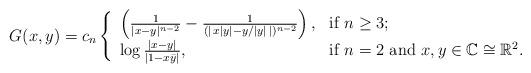
LaTeX: \begin{align*}G(x,y)=c_n\left\{ \begin{array}{ll} \left(\frac{1}{|x-y|^{n-2}}-\frac{1}{(|\,x|y|-y/|y|\, |)^{n-2}}\right), & \hbox{if $n\ge 3$;} \\ \log\frac{|x-y|}{|1-x\bar y|}, & \hbox{if $n=2$ and $x,y\in \mathbb{C}\cong \mathbb{R}^2$.} \end{array} \right.\end{align*}